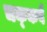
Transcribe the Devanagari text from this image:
चक्‍कवै